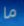
ما